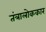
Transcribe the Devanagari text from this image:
तंत्रालोककार